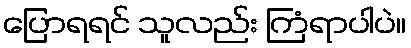
ပြောရရင် သူလည်း ကြံရာပါပဲ။